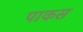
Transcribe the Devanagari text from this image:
पाकस